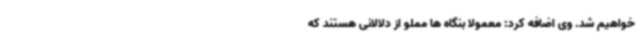
خواهیم شد. وی اضافه کرد: معمولا بنگاه ها مملو از دلالانی هستند که